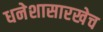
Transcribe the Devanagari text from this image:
धनेशासारखेच